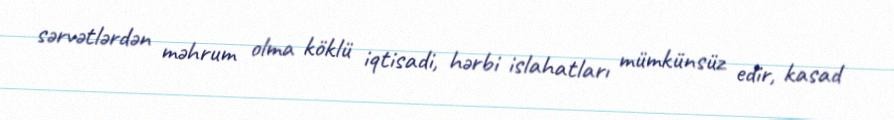
sərvətlərdən məhrum olma köklü iqtisadi, hərbi islahatları mümkünsüz edir, kasad